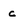
Character: c